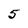
Character: 5